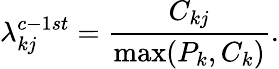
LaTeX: \lambda_{kj}^{c-1st}=\frac{C_{kj}}{\operatorname*{max}(P_{k},C_{k})}.